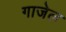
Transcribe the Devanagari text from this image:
गाजेल